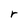
Character: r